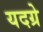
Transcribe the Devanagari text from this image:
यदग्रे